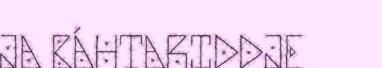
JA BÁHTARIDDJE